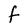
Character: F